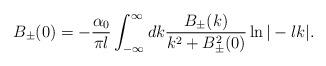
LaTeX: \begin{align*}B_{\pm}(0) = -\frac{\alpha_0}{\pi l} \int_{-\infty}^{\infty} dk \frac{B_\pm(k)}{k^{2}+B_{\pm}^{2}(0)} \ln|-lk|.\end{align*}